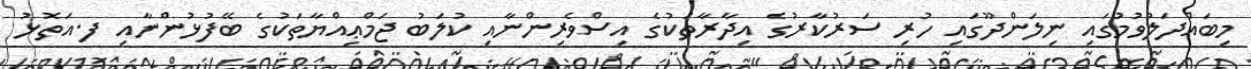
މިބައްދަލުވުމުގައި ނިލަންދޫގައި ހުރި ސަރުކާރުގެ އިދާރާތަކުގެ އިސްވެރިންނާއި ކުލަބު ޖަމްޢިއްޔާތަކުގެ ބޭފުޅުންނާއި ފ.އަތޮޅު